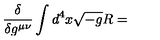
\frac { \delta } { \delta g ^ { \mu \nu } } \int d ^ { 4 } x \sqrt { - g } R =